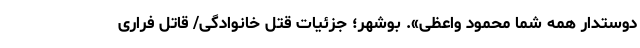
دوستدار همه شما محمود واعظی». بوشهر؛ جزئیات قتل خانوادگی/ قاتل فراری